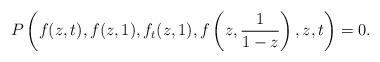
LaTeX: \begin{align*}P\left(f(z,t), f(z,1), f_t(z,1), f\left(z, \frac{1}{1-z}\right), z, t\right) = 0.\end{align*}